Tartu_kinnistusamet, lk 54
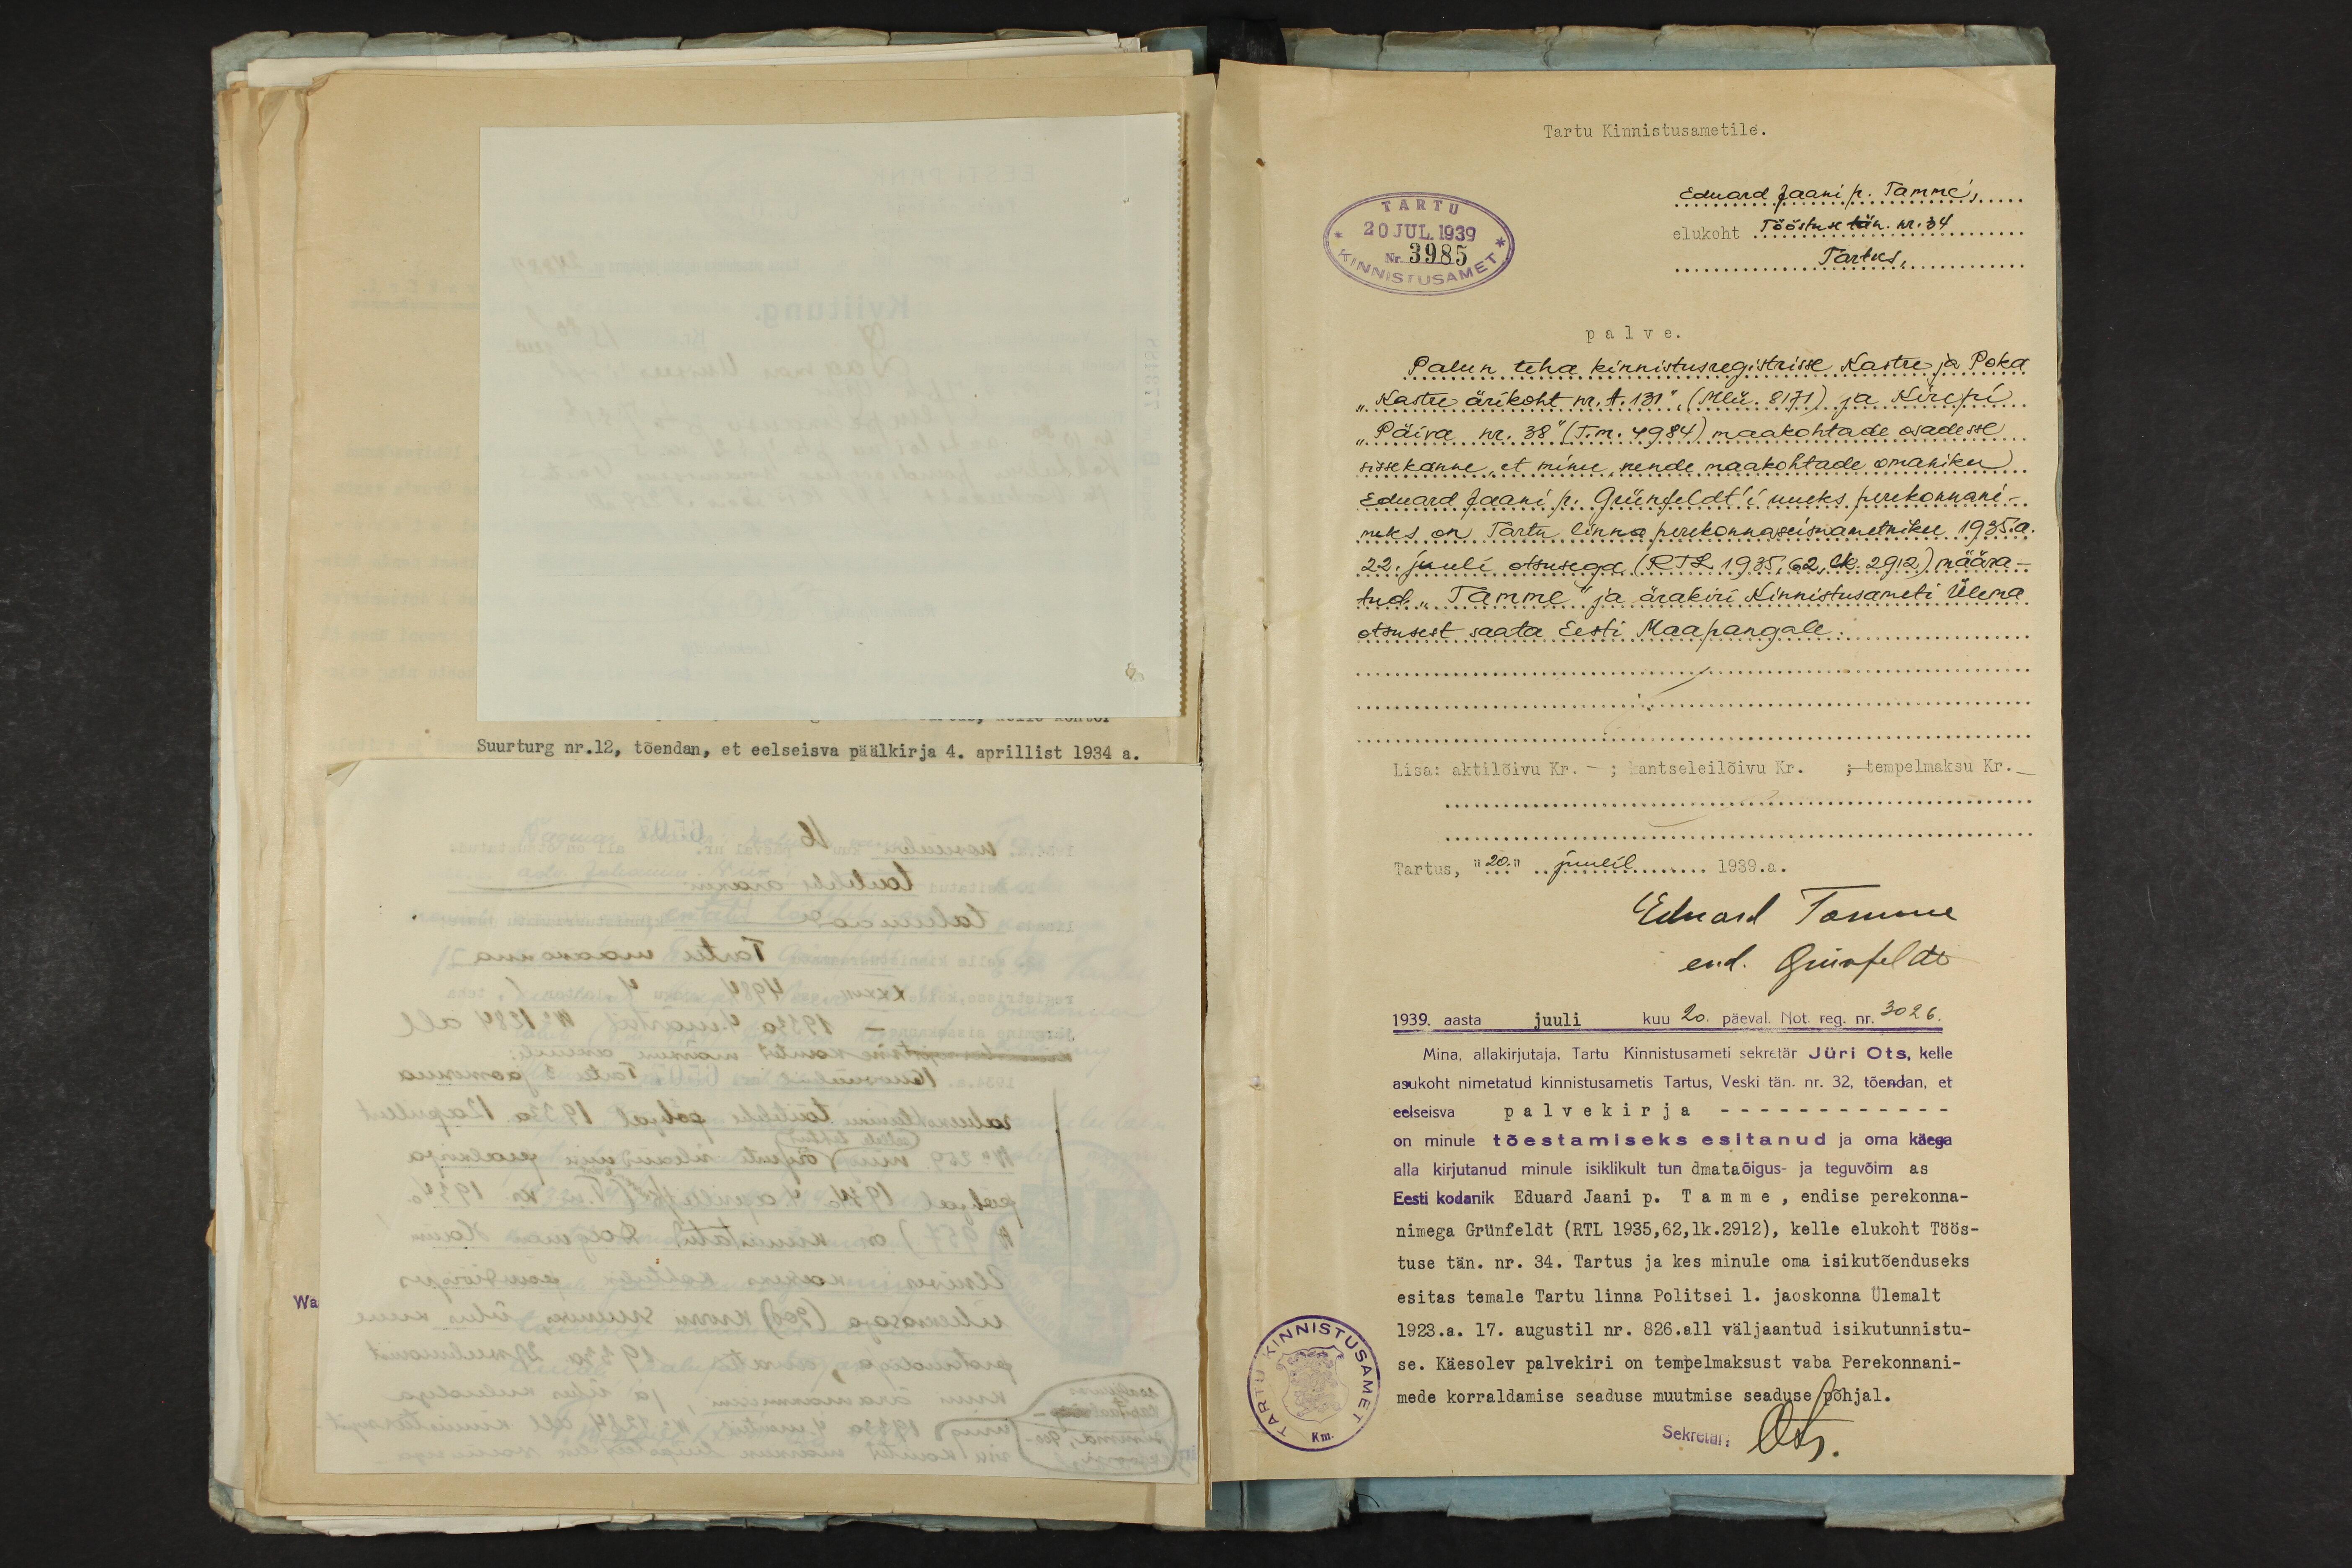
Tartu Kinnistusametile.
Eduard Jaani p. Tamme,
Tartus
elukoht Tööstuse tän. nr. 34.
20 JUL 1039
Tartus
Nr. 3985
palve.
Palun teha kinnistusregistrisse Kastre ja Poka
"Kastre ärikoht nr. A. 131", (Mlü. 8171) ja Kirepi.
"Päiva nr. 38" (T.m. 4984) maakohtade osadesse
sissekanne, et minu, nende maakohtade omaniku
Eduard Jaani p. Grünfeldt'i uueks perekonnani-
neks on Tartu linna perekonnaseisuametniku 1935.a.
22. juuli otsusega (RTL.1935, 62, lk. 2912) määra-
tud "Tamme" ja ärakiri Kinnistusameti Ülema
otsusest saata Eesti Maapangale.
Lisa: aktilõivu Kr. - ; kantseleilõivu Kr. ; tempelmaksu Kr. -
Tartus, "20." juulil 1939.a.
Eduard Tamme
end. Grünfeldt
1939. aasta juuli kuu 20. päeval. Not. reg. nr. 3026.
Mina, allakirjutaja, Tartu Kinnistusameti sekretär Jüri Ots, kelle
asukoht nimetatud kinnistusametis Tartus, Veski tän. nr. 32, tõendan, et
eelseisva palvekirja -
on minule tõestamiseks esitanud ja oma käega
alla kirjutanud minule isiklikult tun dmata õigus- ja teguvõim as
Eesti kodanik Eduard Jaani p. Tamme, endise perekonna-
nimega Grünfeldt (RTL 1935,62,lk.2912), kelle elukoht Töös-
tuse tän. nr. 34. Tartus ja kes minule oma isikutõenduseks
esitas temale Tartu linna Politsei 1. jaoskonna Ülemalt
1923.a. 17. augustil nr. 826. all väljaantud isikutunnistu-
se. Käesolev palvekiri on tempelmaksust vaba Perekonnani-
mede korraldamise seaduse muutmise seaduse põhjal.
Sekretär: Ots.